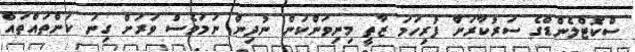
ސްކޮޓްލެންޑްގެ ސަރުކާރަށް ފުރިހަމަ ޒާތީ މިނިވަންކަން ނުދިން ނަމަވެސް ވަރަށް ގިނަ ކަންތައްތައް